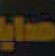
مايا